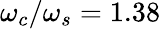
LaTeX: \omega_{c}/\omega_{s}=1.38